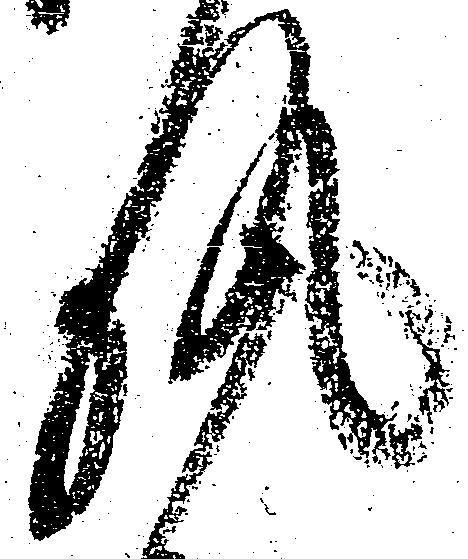
執